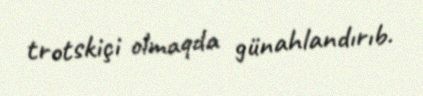
trotskiçi olmaqda günahlandırıb.